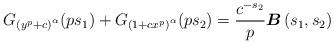
LaTeX: \begin{align*}G_{ \left( y^{p}+c\right)^\alpha}(p s_1)+G_{ \left(1 +c x^{p}\right)^\alpha}(ps_2)=\frac{c^{-s_2}}{p}\boldsymbol{B}\left( s_1, s_2\right)\end{align*}